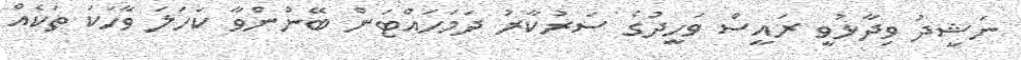
ނަޝީދު ވިދާޅުވީ ރައީސް ވަހީދުގެ ސަރުކާރު ދަމަހައްޓަން ބޭނުންވާ ކަހަލަ ވާހަކަ ތަކެއް